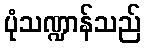
ပုံသဏ္ဍာန်သည်